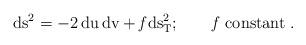
LaTeX: \begin{align*}\rm ds^2 = -2 \,du\,dv+ {\it f} ds^2_T;\quad\quad {\it f}\;constant\;.\end{align*}